Scientific memoirs by medical officers of the Army of India - Part XII,
Year: 1901
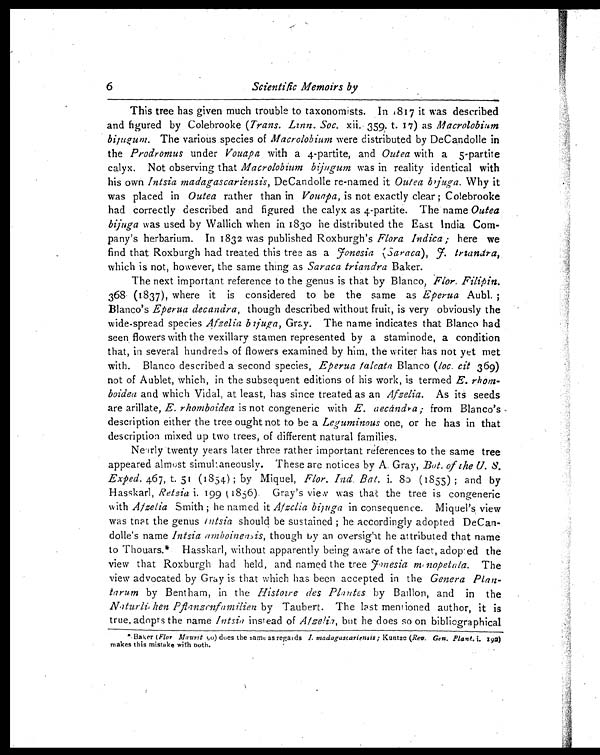
6
Scientific Memoirs by
This tree has given much trouble to taxonomists. In 1817 it was described
and figured by Colebrooke (Trans. Linn. Soc. xii. 359. t. 17) as Macrolobium
bijugun. The various species of Macrolobium were distributed by DeCandolle in
the Prodromus under Vouapa with a 4-partite, and Outea with a 5-partite
calyx. Not observing that Macrolobium bijugum was in reality identical with
his own Intsia madagascariensis, DeCandolle re-named it Outea bijugun.W h y i t
was placed in Outea rather than in Vouapa, is not exactly clear ; Colebrooke
had correctly described and figured the calyx as 4-partite. The name Outea
bijuga was used by Wallich when in 1830 he distributed the East India Com-
-pany's herbarium. In 1832 was published Roxburgh's Flora indica ; here we
find that Roxburgh had treated this tree as a Fonesia (Saraca), F. triandra,
which is not, however; the same thing as Saraca triandra Baker.
The next important reference to the genus is that by Blanco, Flor. Filipin.
368 (1837), where it is considered to be the same as Eperua Aubl. ;
Blanco's Eperua decandra, though described without fruit, is very obviously the
wide-spread species Afzelia bijuga, Gray. The name indicates that Blanco had
seen flowers with the vexillary stamen represented by a staminode, a condition
that, in several hundreds of flowers examined by him, the writer has not yet met
with. Blanco described a second species, Eperua falcata Blanco (loc. cit 369)
not of Aublet, which, in the subsequent editions of his work, is termed E.
rhom-boidea and which Vidal, at least, has since treated as an Afzelia. As its seeds
are arillate, E. rhomboidea is not congeneric with E. aecandra ; from Blanco's
description either the tree ought not to be a Leguminous one, or he has in that
description mixed up two trees, of different natural families.
Nearly twenty years later three rather important references to the same tree
appeared almost simultaneously. These are notices by A. Gray, But. of the U. 8.
Exped. 467, t. 51 (1854) ; by Miquel, Flor. Ind. Bat. i. 80 (1855) ; and by
Hasskarl, Retzia i. 199 k1856). Gray's view was that the tree is congeneric
with Afzelia Smith ; he named it Afze lia bijuga in consequence. Miguel's view
was that the genus intsia should be sustained ; he accordingly adopted DeCan--
dolle's name Intsia amboinensis, though by an oversight he attributed that name
to Thouars.* Hasskarl, without apparently being aware of the fact, adopted the
view that Roxburgh had held, and named the tree fonesia minopetala. The
view advocated by Gray is that which has been accepted in the Genera
Plan-tarum by Bentham, in the Histoire des Plantes by Baillon, and in the
Naturli hen Pflanzenfamilien by Taubert. The last mentioned author, it is
true, adopts the name Intsia instead of Afzelia, but he does so on bibliographical
* Baker (Flor Maurit 90) does the same as regards
I. madagascariensis ; Kuntze (Rev. Gen. Plant. i. 192)
makes this mistake with both.